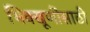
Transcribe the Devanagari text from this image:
भिक्खूणींसाठी